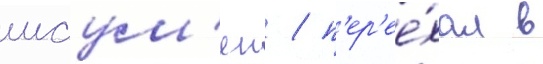
шаум'ян / п'ер'ее́хал в